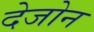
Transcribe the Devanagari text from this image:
देजोन